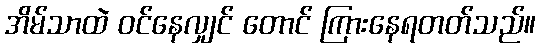
အိမ်သာထဲ ဝင်နေလျှင် တောင် ကြားနေရတတ်သည်။